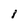
Character: 1